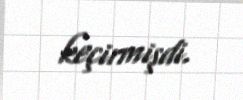
keçirmişdi.